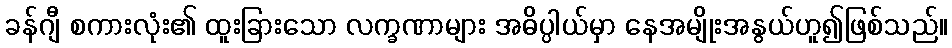
ခန်ဂျီ စကားလုံး၏ ထူးခြားသော လက္ခဏာများ အဓိပ္ပါယ်မှာ နေအမျိုးအနွယ်ဟူ၍ဖြစ်သည်။